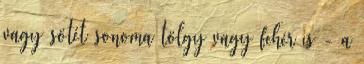
vagy sötét sonoma tölgy vagy fehér is - a